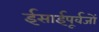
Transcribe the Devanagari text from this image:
ईसाईपूर्वजों